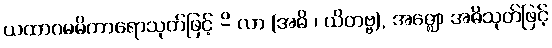
ယထာဂမမိကာရောသုတ်ဖြင့် -ိ လာ (အဓိ ၊ ယိတဗ္ဗ), အဇ္ဈော အဓိသုတ်ဖြင့်